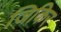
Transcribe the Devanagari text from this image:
जिकिर